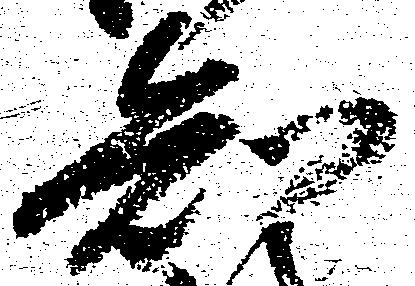
知